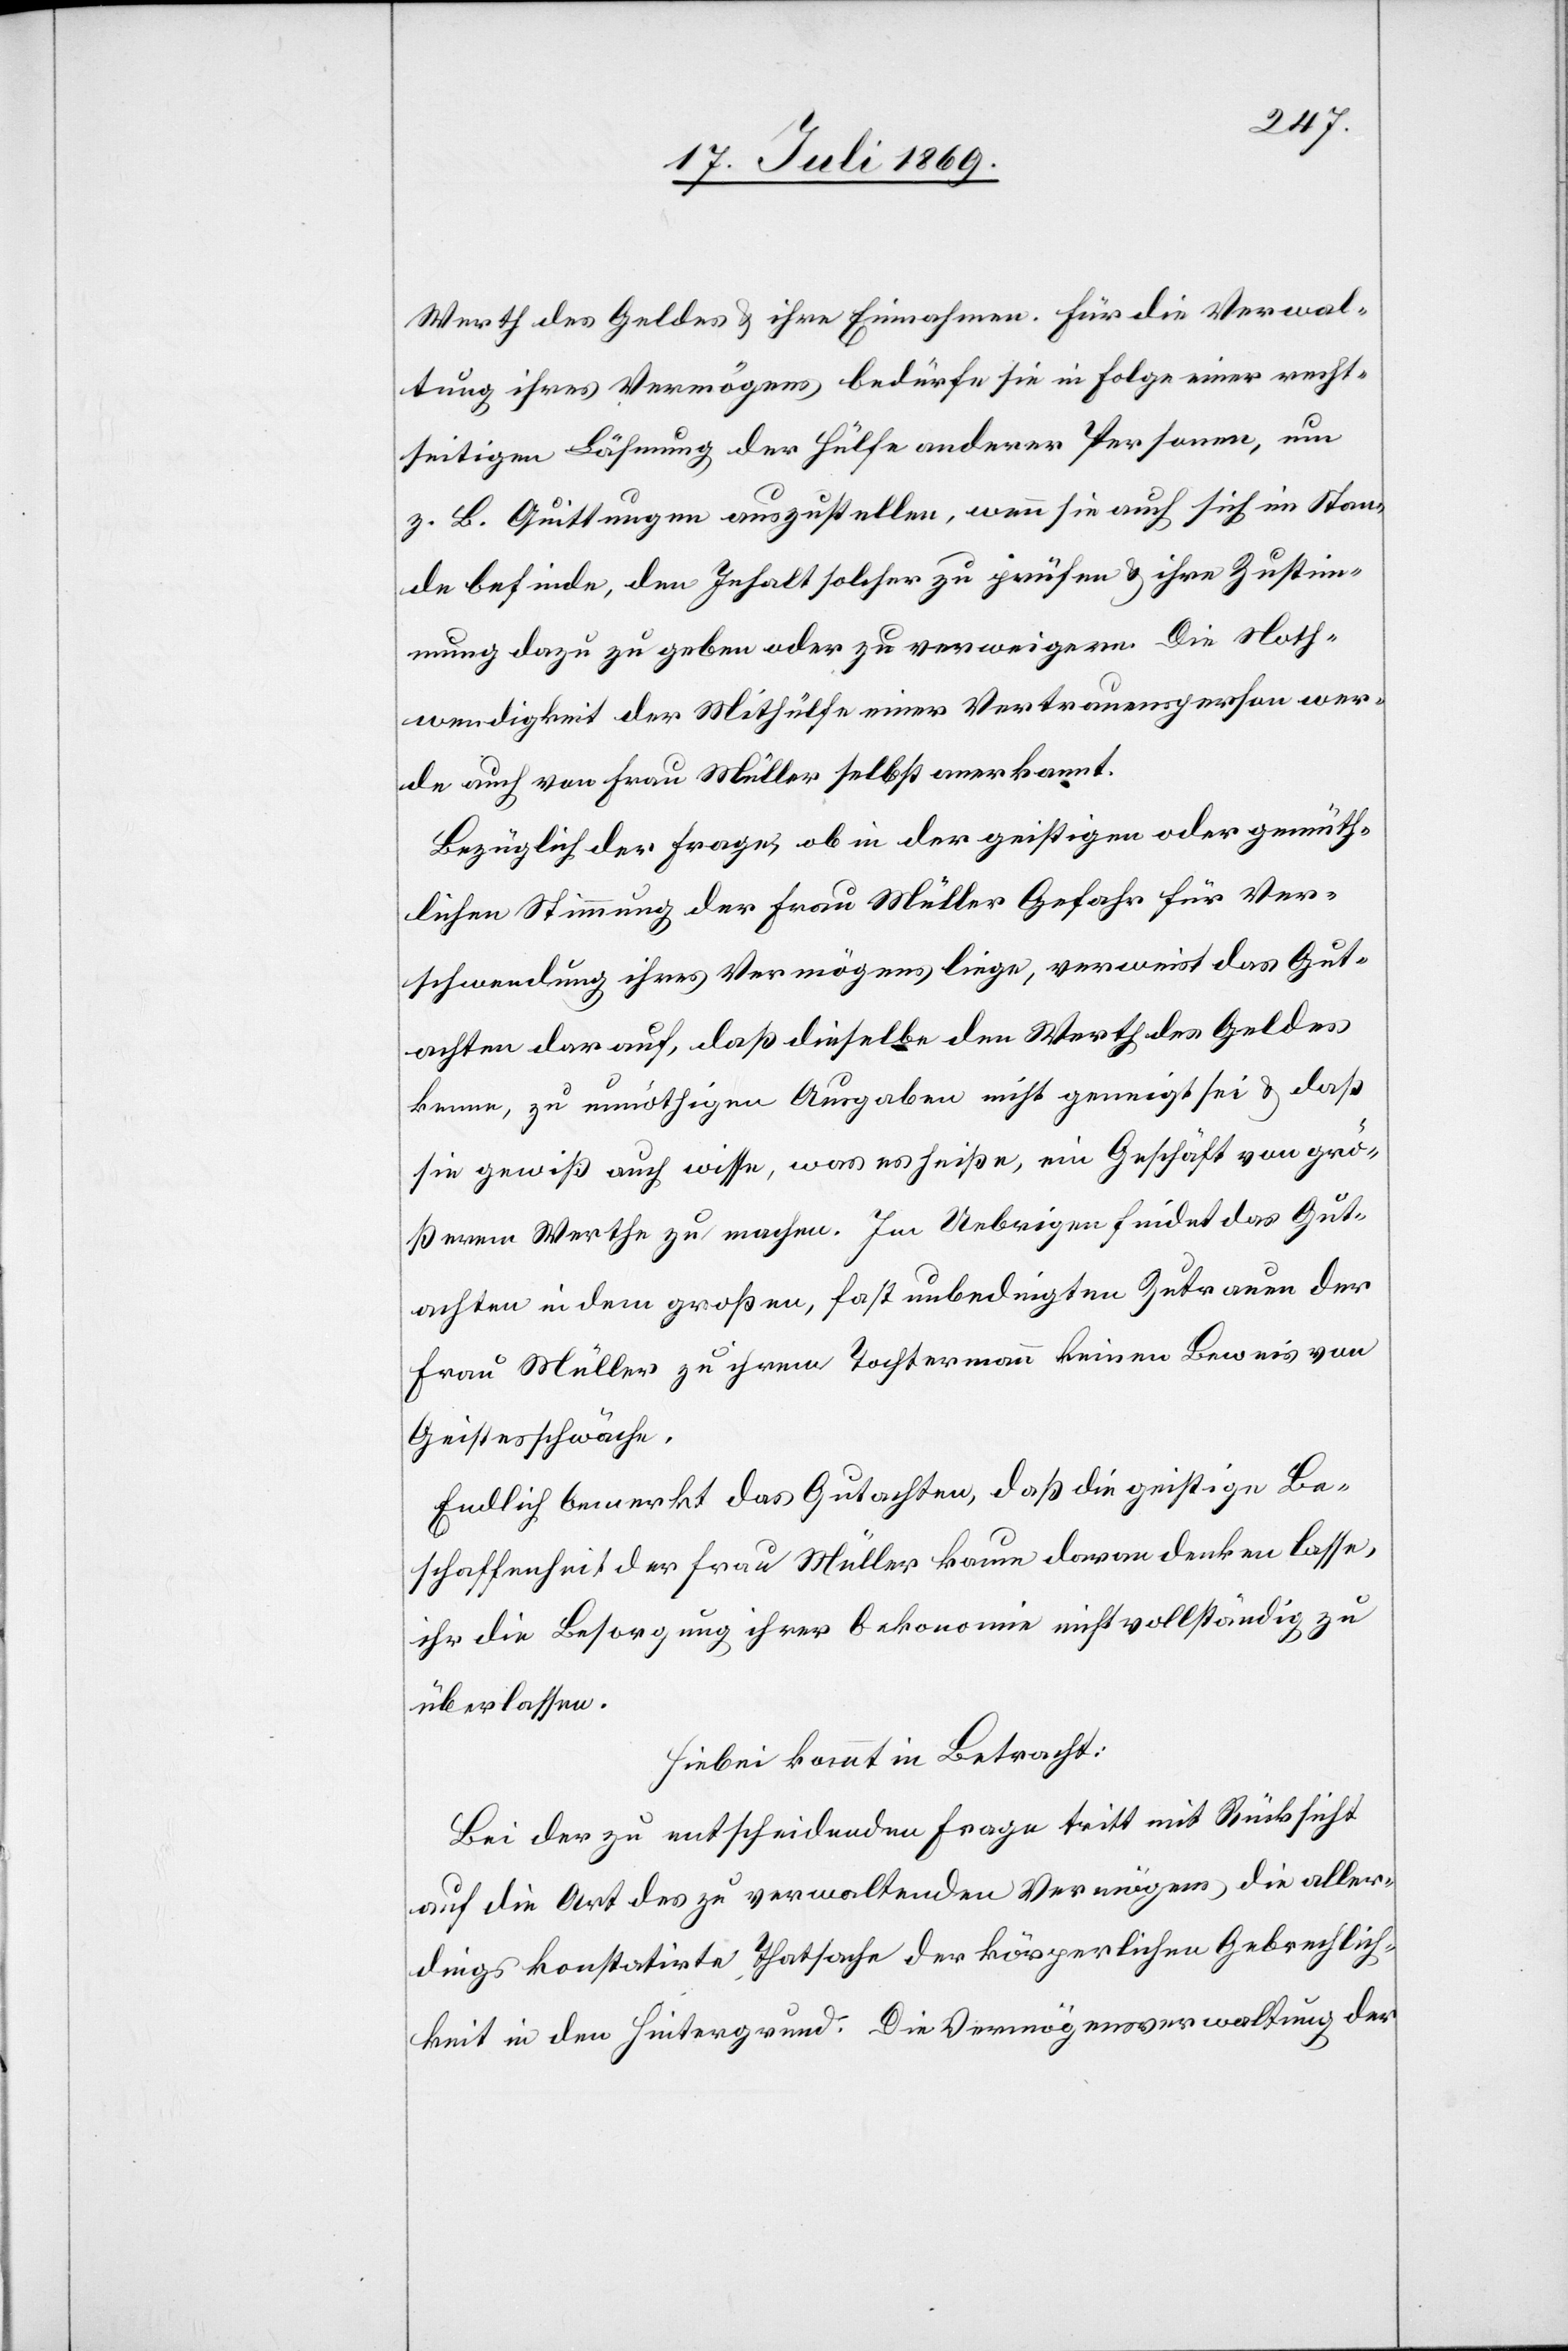
Werth des Geldes u. ihre Einnahmen. Für die Verwal¬
tung ihres Vermögens bedürfe sie in Folge einer recht¬
seitigen Lähmung der Hülfe anderer Personen, um
z. B. Quittungen auszustellen, wenn sie auch sich im Stan¬
de befinde, den Inhalt solcher zu prüfen u. ihre Zustim¬
mung dazu zu geben oder zu verweigern. Die Noth¬
wendigkeit der Mithülfe einer Vertrauensperson wer¬
de auch von Frau Müller selbst anerkannt.
Bezüglich der Frage, ob in der geistigen oder gemüth¬
lichen Stimmung der Frau Müller Gefahr für Ver¬
schwendung ihres Vermögens liege, verweist das Gut¬
achten darauf, daß dieselbe den Werth des Geldes
kenne, zu unnöthigen Ausgaben nicht geneigt sei u. daß
sie gewiß auch wisse, was es heiße, ein Geschäft von grö¬
ßerem Werthe zu machen. Im Uebrigen findet das Gut¬
achten in dem großen, fast unbedingten Zutrauen der
Frau Müller zu ihrem Tochtermann keinen Beweis von
Geistesschwäche.
Endlich bemerkt das Gutachten, daß die geistige Be¬
schaffenheit der Frau Müller kaum daran denken lasse,
ihr die Besorgung ihrer Oekonomie nicht vollständig zu
überlassen.
Hiebei kommt in Betracht:
Bei der zu entscheidenden Frage tritt mit Rücksicht
auf die Art des zur verwaltenden Vermögens die aller¬
dings konstatirte Thatsache der körperlichen Gebrechlich¬
keit in den Hintergrund. Die Vermögensverwaltung der